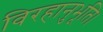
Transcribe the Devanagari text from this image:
विरहानुभूति।